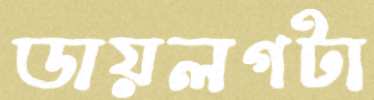
ডায়লগটা